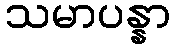
သမာပန္နာ